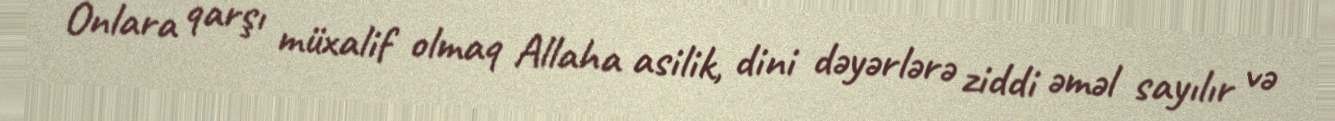
Onlara qarşı müxalif olmaq Allaha asilik, dini dəyərlərə ziddi əməl sayılır və